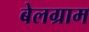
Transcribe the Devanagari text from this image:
बेलग्राम